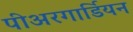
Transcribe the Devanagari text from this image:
पीअरगार्डियन